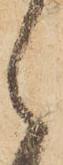
之